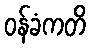
ဝန်ခံကတိ